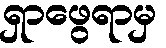
ရှာဖွေရာမှ